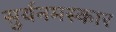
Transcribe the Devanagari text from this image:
सुर्यनमस्कार